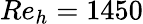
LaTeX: Re_{h}=1450